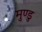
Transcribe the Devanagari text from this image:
मुण्डु